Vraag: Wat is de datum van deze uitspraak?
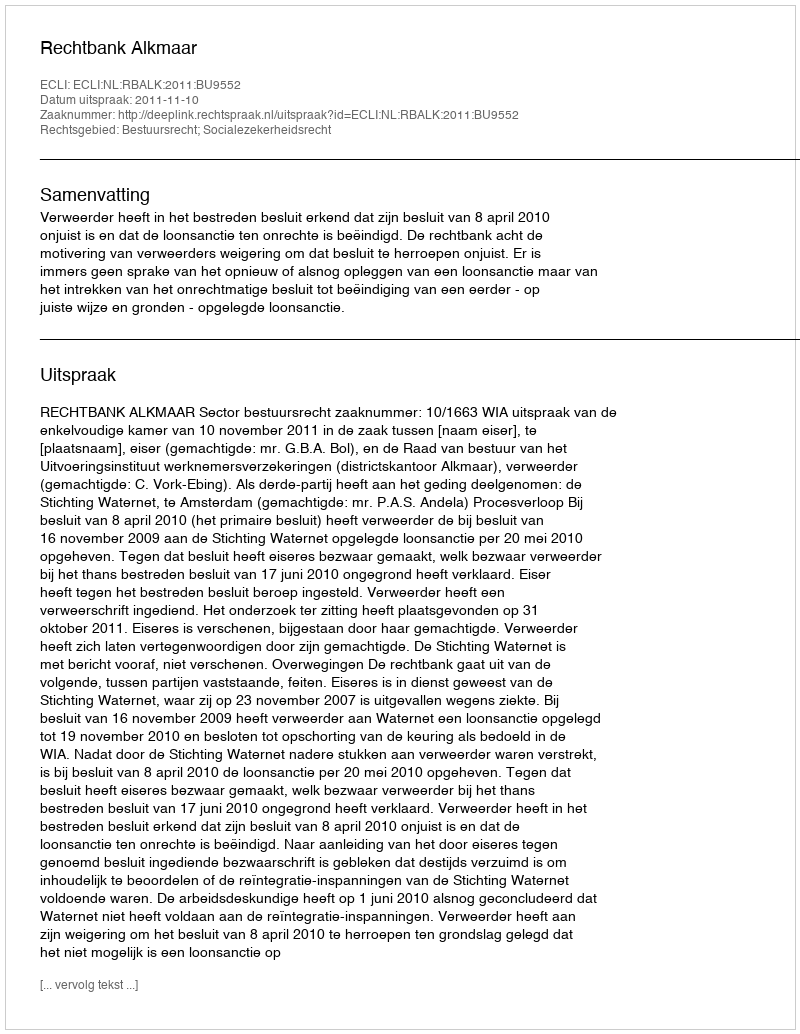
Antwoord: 2011-11-10